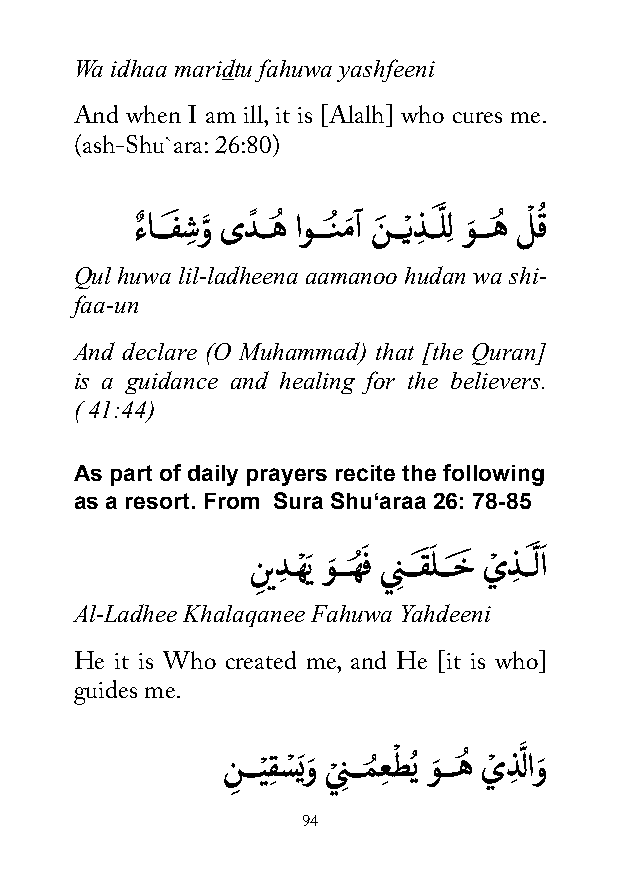
Wa idhaa maridtu fahuwa yashfeeni
 And when I am ill, it is [Alalh] who cures me.
 (ash-Shu`ara: 26:80)
 ءٌ اـــفَ شِ وَّ ىدً ــهُ اوـــنُ مَ آ نَ ـــْيذِ ــَّ لِل وَ ـــهُ لْ قُ
 Qul huwa lil-ladheena aamanoo hudan wa shi-
 faa-un
 And declare (O Muhammad) that [the Quran]
 is a guidance and healing for the believers.
 ( 41:44)
 As part of daily prayers recite the following
 as a resort. From Sura Shu‘araa 26: 78-85
 ن
 ِ
 يدِ ـهْ َي وَ ـــهُ َ ف ينِ ـــقَ َ لـــخَ يْ ذِ ــَّ لاَ
 Al-Ladhee Khalaqanee Fahuwa Yahdeeni
 He it is Who created me, and He [it is who]
 guides me.
 ن
 ِ
 ـــيْ قِ سْ َيوَ ي
 ْ
 نِ ـــمُ عِ طْ ُي وَ ـــهُ يْ ذِ لَّ اوَ
 94